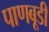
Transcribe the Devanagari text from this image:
पाणबूडी